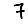
Digit: 7